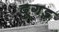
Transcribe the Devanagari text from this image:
दूगड़